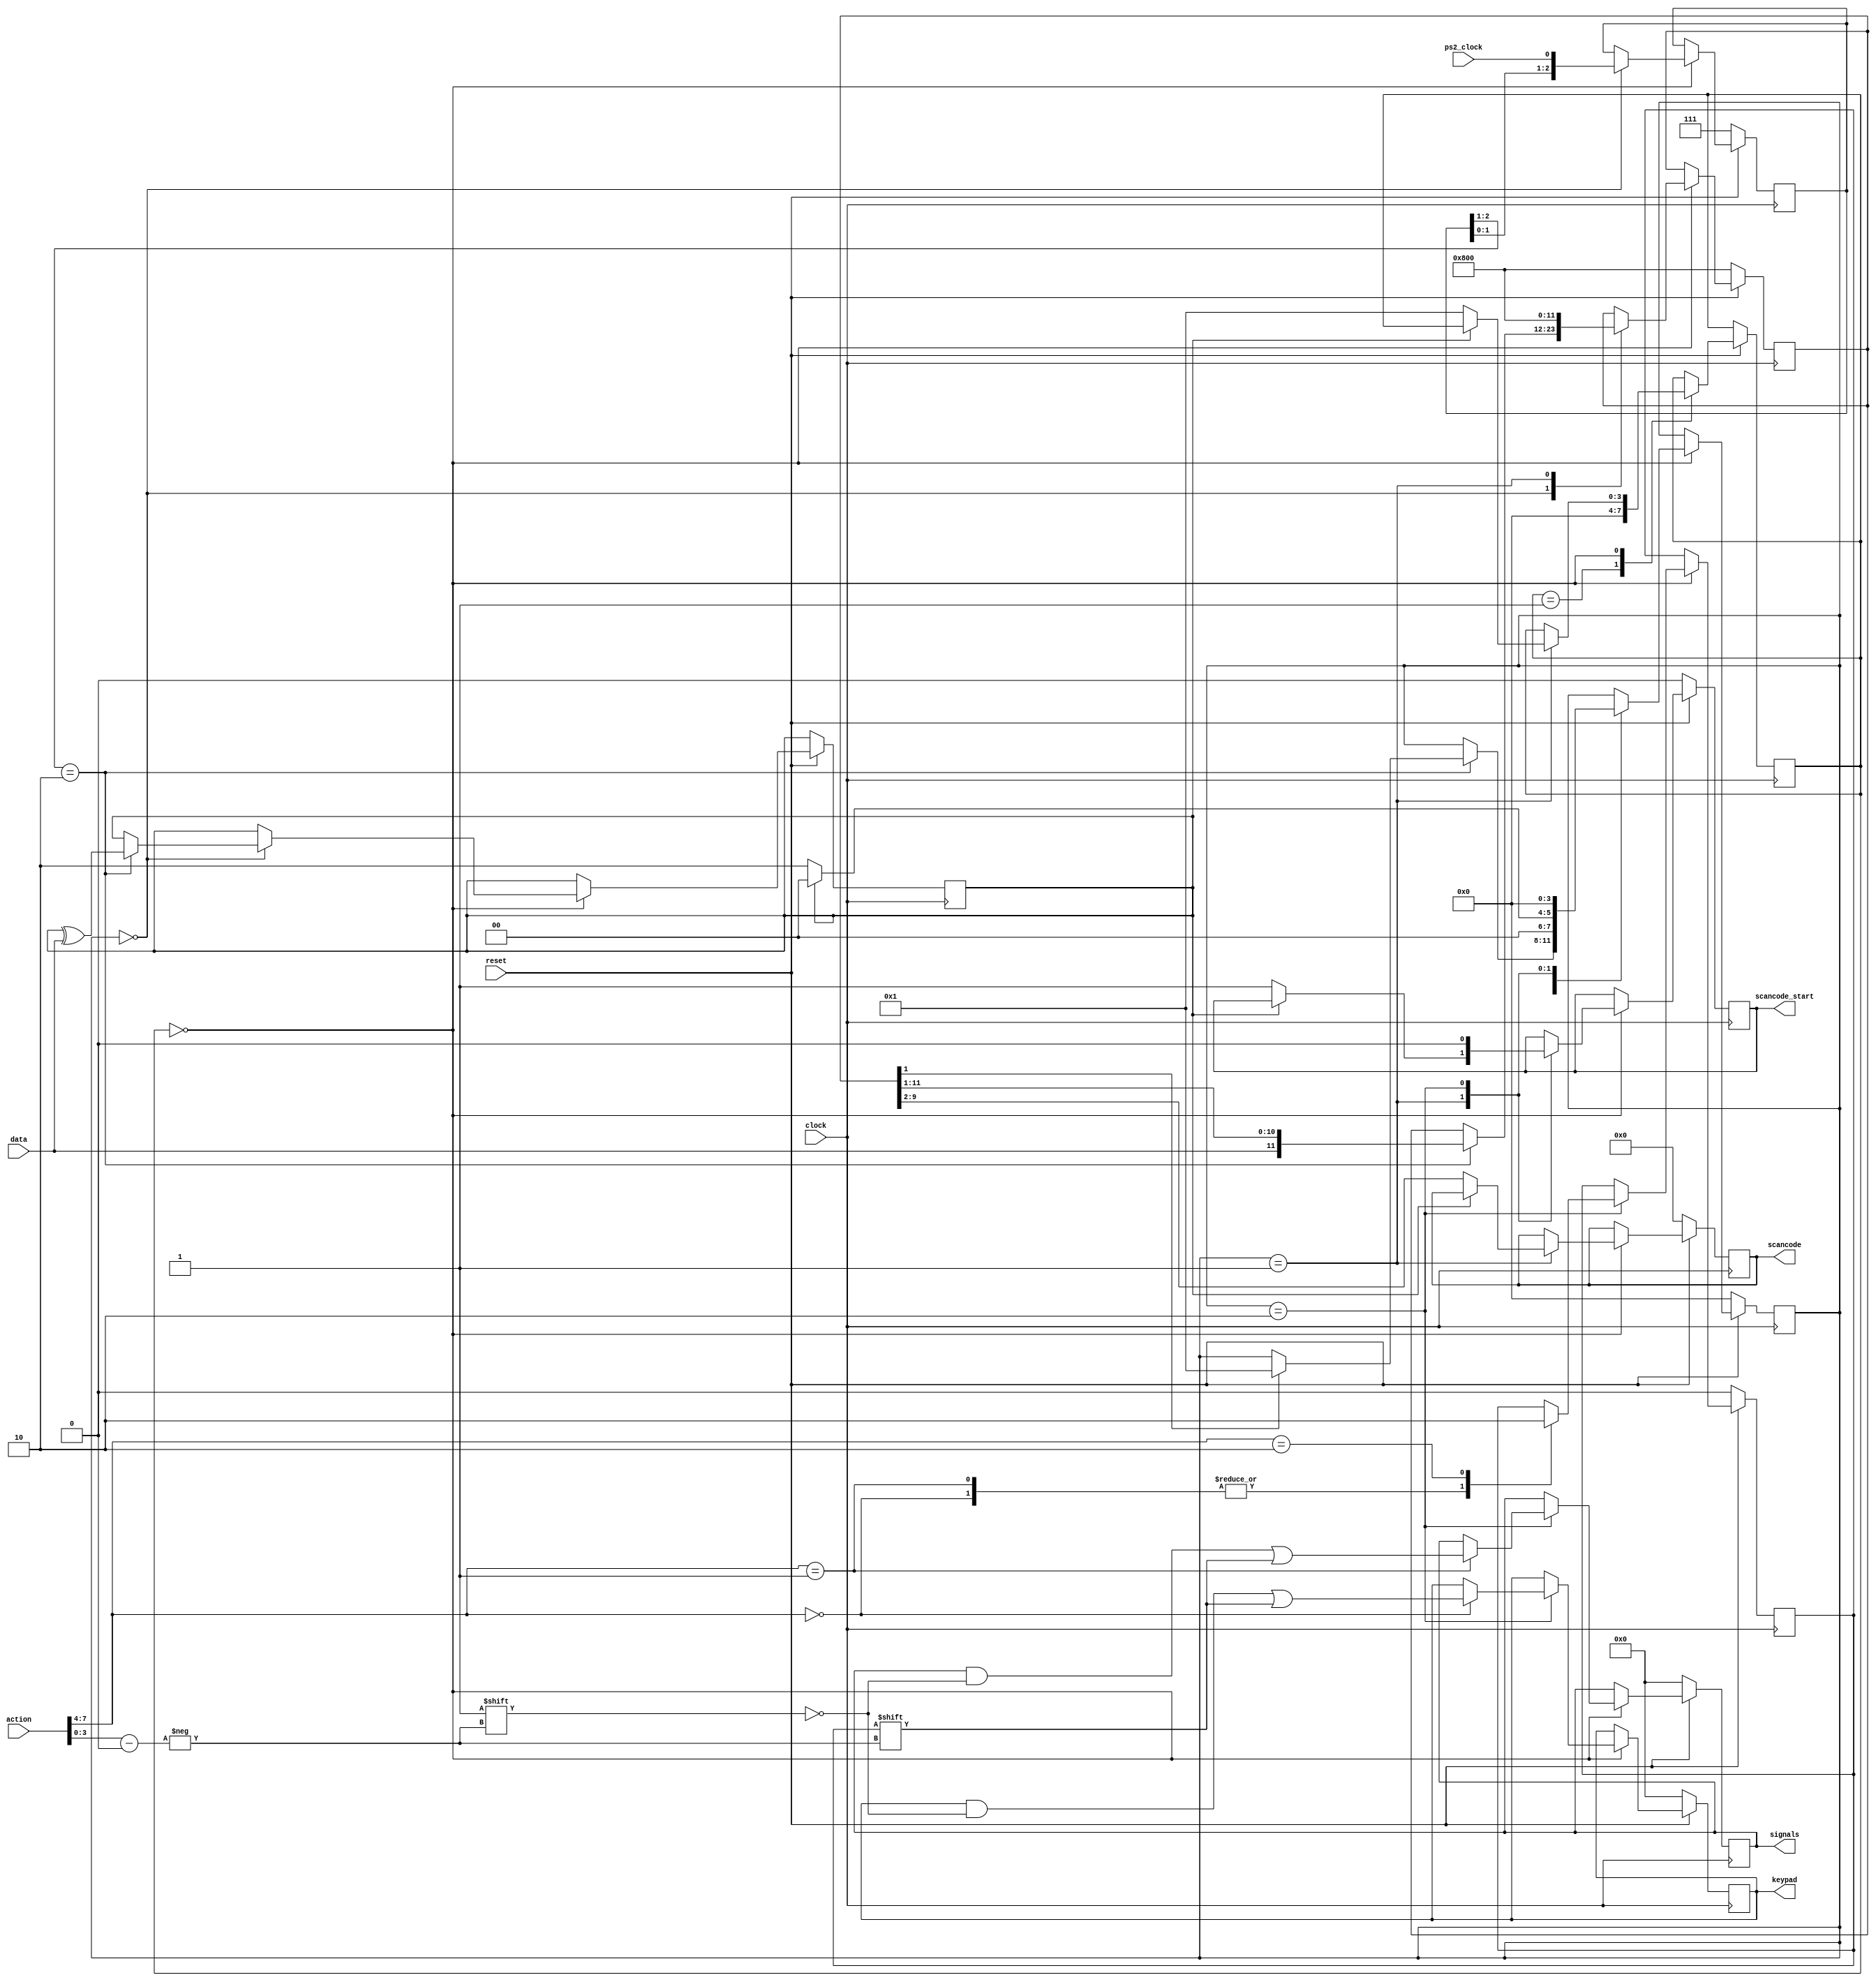
`default_nettype none
`timescale 1ns/1ps
module ps2_controller(
        input wire clock,
        input wire reset,
        input wire ps2_clock,
        input wire data,
        input wire [15:0] action,
        output reg [7:0] scancode,
        output reg scancode_start,
        output reg [15:0] keypad,
        output reg [15:0] signals);
    reg [11:0] rx;
    reg [2:0] ps2_clock_sync;
    reg parity;
    reg pressed;
    localparam GET_SCANCODE             = 4'h0;
    localparam GET_SCANCODE_FINISH      = 4'h1; 
    localparam DECODE_SCANCODE          = 4'h2; 
    reg [3:0] state;
    localparam CONTINUE                 = 4'h0;
    localparam DELAY                    = 4'h1;
    reg [3:0] waitstate;
    always @(posedge clock) begin
        if (!reset) begin
            rx <= 12'h800;
            ps2_clock_sync <= {3{1'b1}};
            pressed <= 1'b0;
            state <= GET_SCANCODE;
            scancode <= 8'b0;
            scancode_start <= 1'b0;
            keypad <= 16'b0;
            signals <= 16'b0;
        end else begin
            case (waitstate)
                DELAY: begin
                    waitstate <= CONTINUE;
                end
                CONTINUE: begin
                    case (state)
                        GET_SCANCODE: begin
                            ps2_clock_sync <= {ps2_clock_sync[1:0], ps2_clock};
                            if (ps2_clock_sync[2:1] == 2'b10) begin
                                rx <= {data, rx[11:1]};
                                parity <= parity ^ data;
                                if (rx[1]) begin
                                    state <= GET_SCANCODE_FINISH;
                                end
                            end
                        end
                        GET_SCANCODE_FINISH: begin
                            rx <= 12'h800;
                            if (parity) begin
                                state <= GET_SCANCODE;
                            end else begin
                                scancode <= rx[9:2];
                                scancode_start <= 1'b1;
                                waitstate <= DELAY;
                                state <= DECODE_SCANCODE;
                            end
                        end
                        DECODE_SCANCODE: begin
                            scancode_start <= 1'b0;
                            state <= GET_SCANCODE;
                            case (action[7:4])
                                4'h0: begin
                                    keypad[action[3:0]] <= pressed; 
                                    pressed <= 1'b1;
                                end
                                4'h1: begin
                                    signals[action[3:0]] <= pressed;
                                    pressed <= 1'b1;
                                end
                                4'h2: begin
                                    pressed <= 1'b0;
                                end
                            endcase
                        end
                    endcase
                end
            endcase
        end
    end
endmodule